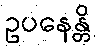
ဥပနေန္တိ